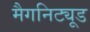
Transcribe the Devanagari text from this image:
मैगनिट्यूड